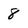
Character: 8